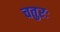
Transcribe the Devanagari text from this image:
चतुरः